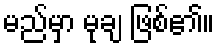
မည်မှာ မုချ ဖြစ်၏။